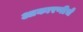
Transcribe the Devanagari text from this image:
आकारणीचे